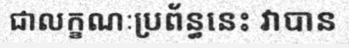
ជាលក្ខណៈប្រព័ន្ធនេះ វាបាន